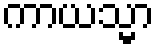
ကာယသ္မာ